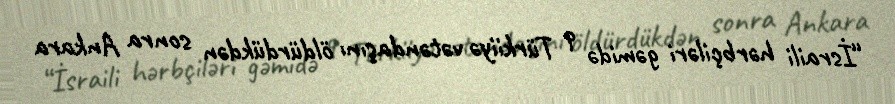
“İsraili hərbçiləri gəmidə 9 Türkiiyə vətəndaşını öldürdükdən sonra Ankara